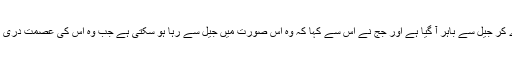
اس سے جنسی زيادتی کرنے والا کزن رشوت دے کر جيل سے باہر آ گيا ہے اور جج نے اس سے کہا کہ وہ اُس صورت ميں جيل سے رہا ہو سکتی ہے جب وہ اُس کی عصمت دری کرنے والے کزن سے شادی پر رضامند ہو جائے۔